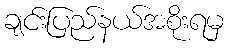
ချင်းပြည်နယ်အစိုးရမှ